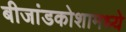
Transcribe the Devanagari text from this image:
बीजांडकोशामध्ये